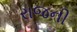
રાજની